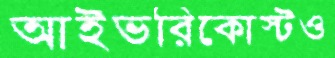
আইভরিকোস্টও